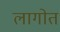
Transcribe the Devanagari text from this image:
लागोत